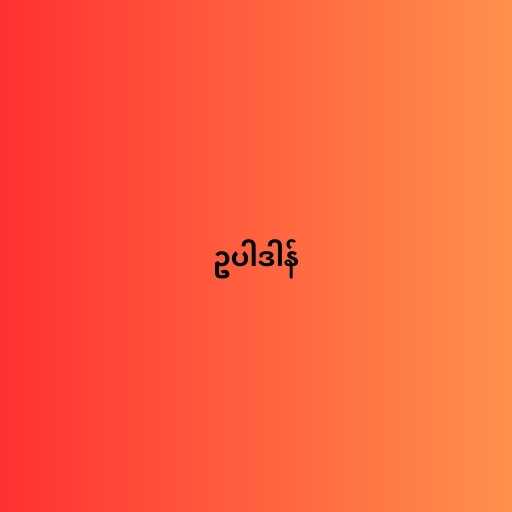
ဥပါဒါန်